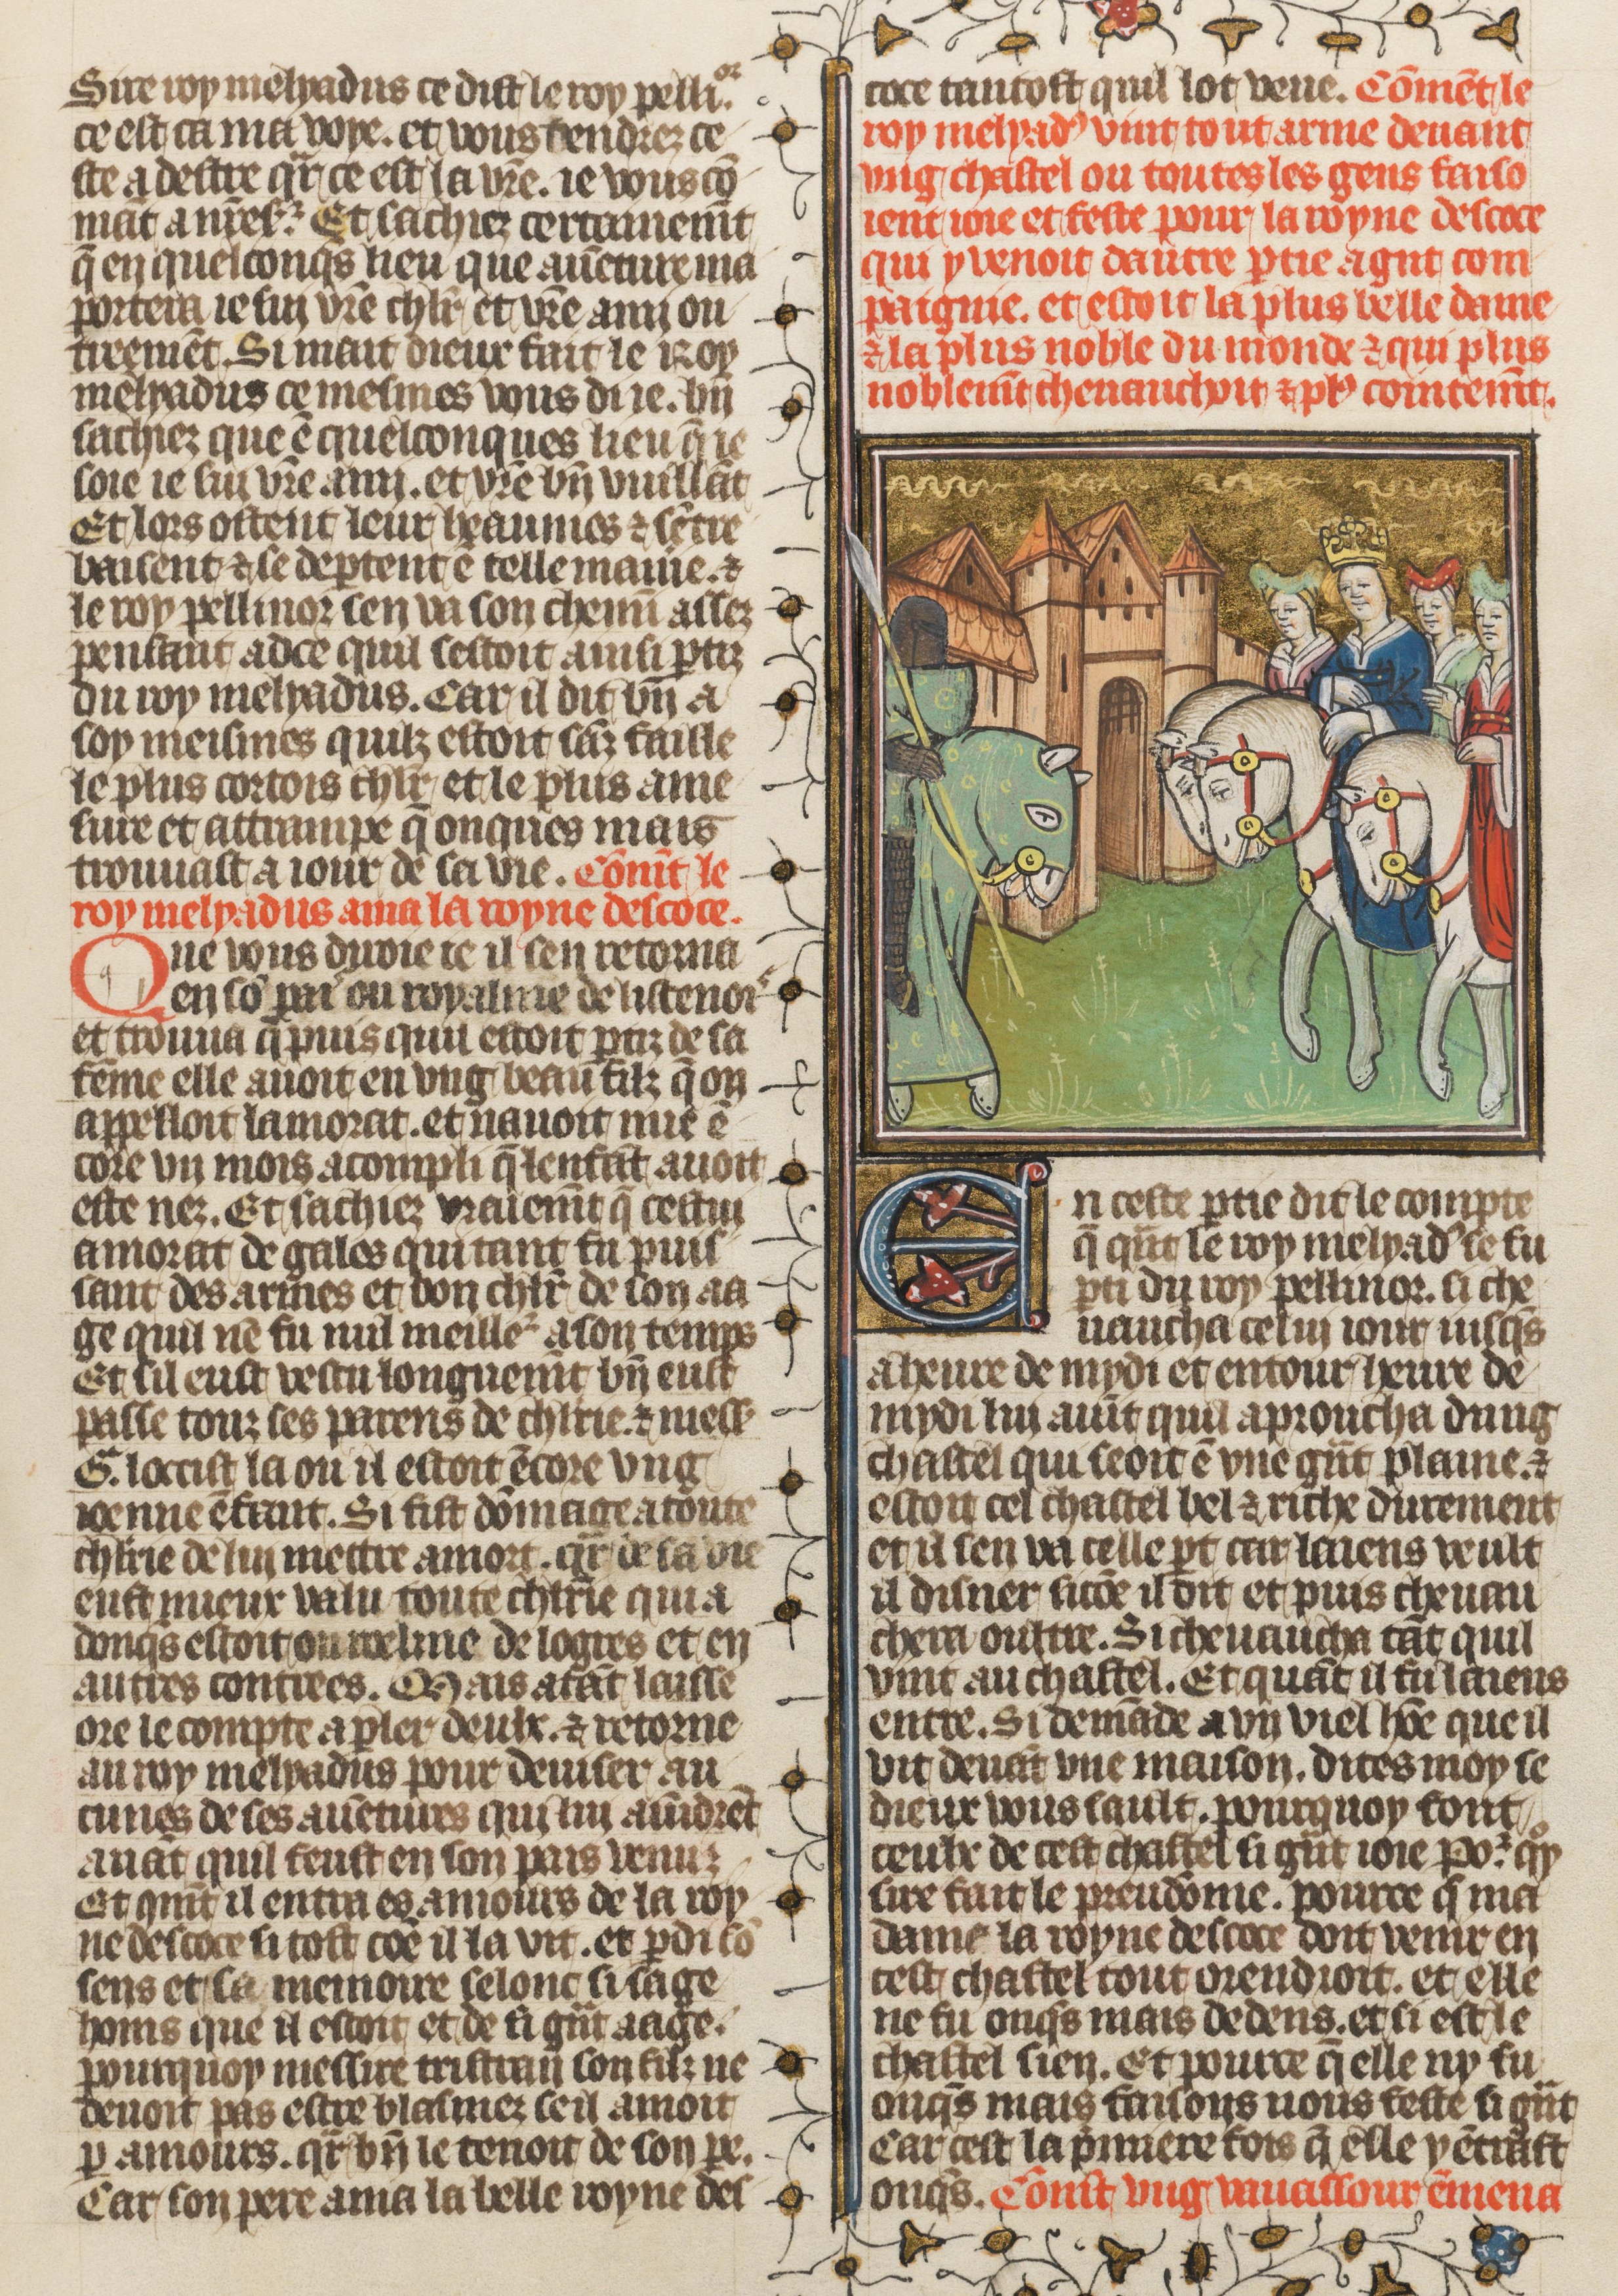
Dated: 1410–1430